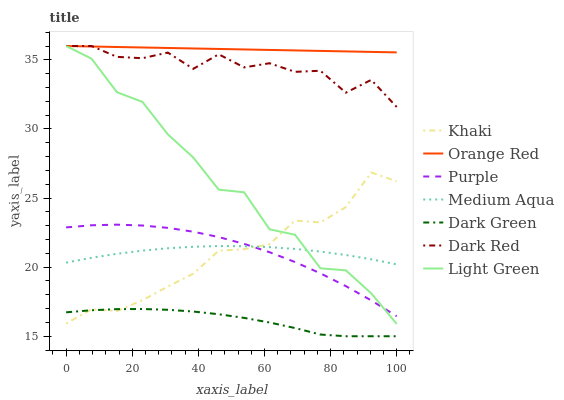
| xaxis_label | Khaki | Orange Red | Purple | Medium Aqua | Dark Green | Dark Red | Light Green |
 | --- | --- | --- | --- | --- | --- | --- | --- |
 | 0 | 15.9 | 36 | 22.9 | 20.3 | 16.7 | 36 | 36 |
 | 7.69 | 17 | 36 | 23 | 20.7 | 16.9 | 36 | 35.1 |
 | 15.4 | 16.8 | 35.9 | 23.1 | 21 | 17 | 35.2 | 32.7 |
 | 23.1 | 17.6 | 35.9 | 23 | 21.2 | 17 | 35.1 | 32 |
 | 30.8 | 18.6 | 35.9 | 22.8 | 21.4 | 16.9 | 35.5 | 29.6 |
 | 38.5 | 19.5 | 35.8 | 22.6 | 21.5 | 16.8 | 34.3 | 27.9 |
 | 46.2 | 21.2 | 35.8 | 22.2 | 21.5 | 16.6 | 35.4 | 25.6 |
 | 53.8 | 21.3 | 35.8 | 21.7 | 21.5 | 16.3 | 34.5 | 25.4 |
 | 61.5 | 21.7 | 35.7 | 21.1 | 21.4 | 16 | 34.8 | 22.7 |
 | 69.2 | 23.4 | 35.7 | 20.4 | 21.3 | 15.6 | 34.1 | 22.3 |
 | 76.9 | 23.2 | 35.6 | 19.6 | 21.1 | 15.1 | 34.2 | 19.9 |
 | 84.6 | 24.3 | 35.6 | 18.6 | 20.9 | 15 | 32.6 | 19.8 |
 | 92.3 | 26.8 | 35.6 | 17.6 | 20.6 | 15 | 33.6 | 18.1 |
 | 100 | 26.2 | 35.5 | 16.4 | 20.2 | 15 | 31.6 | 15.9 |